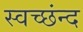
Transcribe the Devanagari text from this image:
स्वच्छंन्द